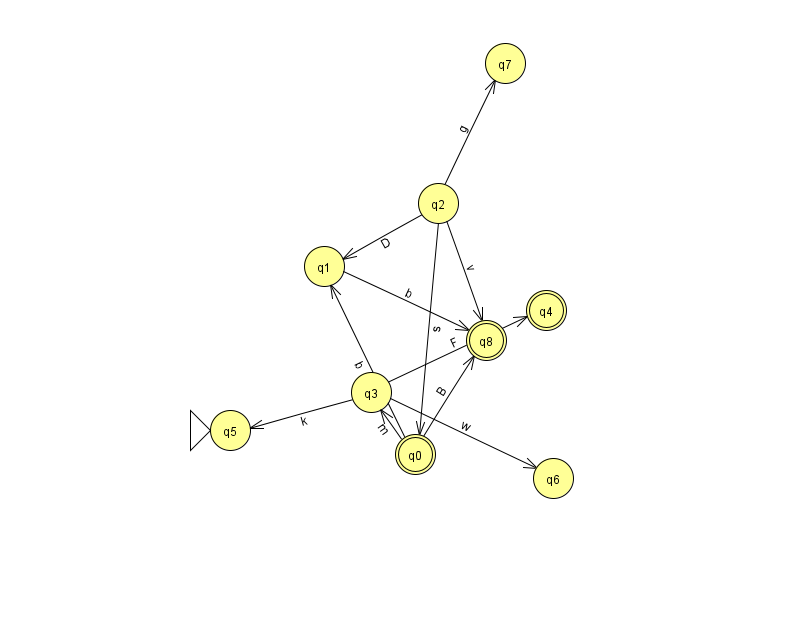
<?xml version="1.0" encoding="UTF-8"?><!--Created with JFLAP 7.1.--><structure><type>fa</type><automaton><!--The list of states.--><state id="0" name="q0"><x>415.0</x><y>441.0</y><final/></state><state id="1" name="q1"><x>324.0</x><y>253.0</y></state><state id="2" name="q2"><x>438.0</x><y>190.0</y></state><state id="3" name="q3"><x>371.0</x><y>379.0</y></state><state id="4" name="q4"><x>546.0</x><y>297.0</y><final/></state><state id="5" name="q5"><x>230.0</x><y>417.0</y><initial/></state><state id="6" name="q6"><x>553.0</x><y>465.0</y></state><state id="7" name="q7"><x>505.0</x><y>50.0</y></state><state id="8" name="q8"><x>486.0</x><y>327.0</y><final/></state><!--The list of transitions.--><transition><from>0</from><to>1</to><read>b</read></transition><transition><from>3</from><to>5</to><read>k</read></transition><transition><from>1</from><to>8</to><read>b</read></transition><transition><from>2</from><to>7</to><read>g</read></transition><transition><from>0</from><to>8</to><read>B</read></transition><transition><from>0</from><to>3</to><read>m</read></transition><transition><from>2</from><to>0</to><read>s</read></transition><transition><from>2</from><to>8</to><read>v</read></transition><transition><from>3</from><to>4</to><read>F</read></transition><transition><from>3</from><to>6</to><read>w</read></transition><transition><from>2</from><to>1</to><read>D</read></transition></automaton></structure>